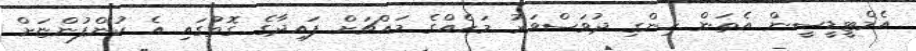
އެމްޓީޑީސީން އެތަން ހިންގި ދުވަސްވަރު މަހެއްގެ މައްޗަށް ފައިދާގެ ގޮތުގައި އެ ކުންފުންޏަށް